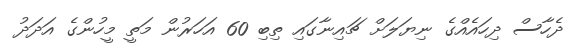
ދެހާސް ދިހައެއްގެ ނިޔަލަށް ޗައިނާގައި ތިބި 60 އަހަރުން މަތީ މީހުންގެ އަދަދު